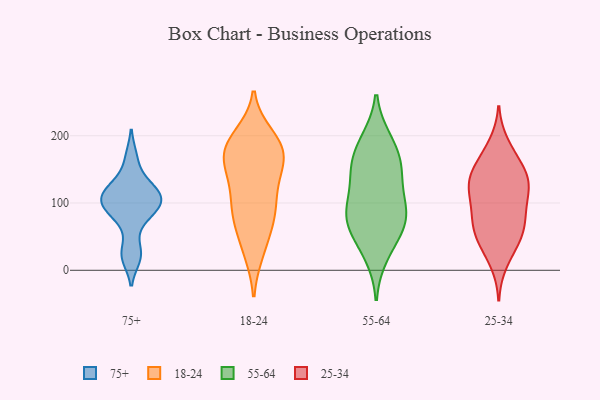
{"axis": {"x": "Net Income (USD K)", "y": "Value"}, "legend": ["18-24", "25-34", "55-64", "75+"], "data": [{"x": "", "y": 106, "type": "75+"}, {"x": "", "y": 113, "type": "75+"}, {"x": "", "y": 100, "type": "75+"}, {"x": "", "y": 124, "type": "75+"}, {"x": "", "y": 96, "type": "75+"}, {"x": "", "y": 27, "type": "75+"}, {"x": "", "y": 91, "type": "75+"}, {"x": "", "y": 74, "type": "75+"}, {"x": "", "y": 167, "type": "75+"}, {"x": "", "y": 19, "type": "75+"}, {"x": "", "y": 126, "type": "75+"}, {"x": "", "y": 147, "type": "18-24"}, {"x": "", "y": 27, "type": "18-24"}, {"x": "", "y": 161, "type": "18-24"}, {"x": "", "y": 169, "type": "18-24"}, {"x": "", "y": 163, "type": "18-24"}, {"x": "", "y": 180, "type": "18-24"}, {"x": "", "y": 80, "type": "18-24"}, {"x": "", "y": 156, "type": "18-24"}, {"x": "", "y": 112, "type": "18-24"}, {"x": "", "y": 188, "type": "18-24"}, {"x": "", "y": 67, "type": "18-24"}, {"x": "", "y": 190, "type": "18-24"}, {"x": "", "y": 81, "type": "18-24"}, {"x": "", "y": 191, "type": "18-24"}, {"x": "", "y": 118, "type": "18-24"}, {"x": "", "y": 200, "type": "18-24"}, {"x": "", "y": 109, "type": "18-24"}, {"x": "", "y": 29, "type": "18-24"}, {"x": "", "y": 76, "type": "18-24"}, {"x": "", "y": 146, "type": "55-64"}, {"x": "", "y": 78, "type": "55-64"}, {"x": "", "y": 22, "type": "55-64"}, {"x": "", "y": 98, "type": "55-64"}, {"x": "", "y": 163, "type": "55-64"}, {"x": "", "y": 71, "type": "55-64"}, {"x": "", "y": 194, "type": "55-64"}, {"x": "", "y": 158, "type": "55-64"}, {"x": "", "y": 40, "type": "55-64"}, {"x": "", "y": 66, "type": "55-64"}, {"x": "", "y": 76, "type": "55-64"}, {"x": "", "y": 118, "type": "55-64"}, {"x": "", "y": 92, "type": "55-64"}, {"x": "", "y": 192, "type": "55-64"}, {"x": "", "y": 149, "type": "55-64"}, {"x": "", "y": 81, "type": "25-34"}, {"x": "", "y": 110, "type": "25-34"}, {"x": "", "y": 126, "type": "25-34"}, {"x": "", "y": 36, "type": "25-34"}, {"x": "", "y": 130, "type": "25-34"}, {"x": "", "y": 158, "type": "25-34"}, {"x": "", "y": 12, "type": "25-34"}, {"x": "", "y": 60, "type": "25-34"}, {"x": "", "y": 81, "type": "25-34"}, {"x": "", "y": 118, "type": "25-34"}, {"x": "", "y": 50, "type": "25-34"}, {"x": "", "y": 148, "type": "25-34"}, {"x": "", "y": 174, "type": "25-34"}, {"x": "", "y": 138, "type": "25-34"}, {"x": "", "y": 116, "type": "25-34"}, {"x": "", "y": 139, "type": "25-34"}, {"x": "", "y": 67, "type": "25-34"}, {"x": "", "y": 79, "type": "25-34"}, {"x": "", "y": 187, "type": "25-34"}, {"x": "", "y": 43, "type": "25-34"}]}